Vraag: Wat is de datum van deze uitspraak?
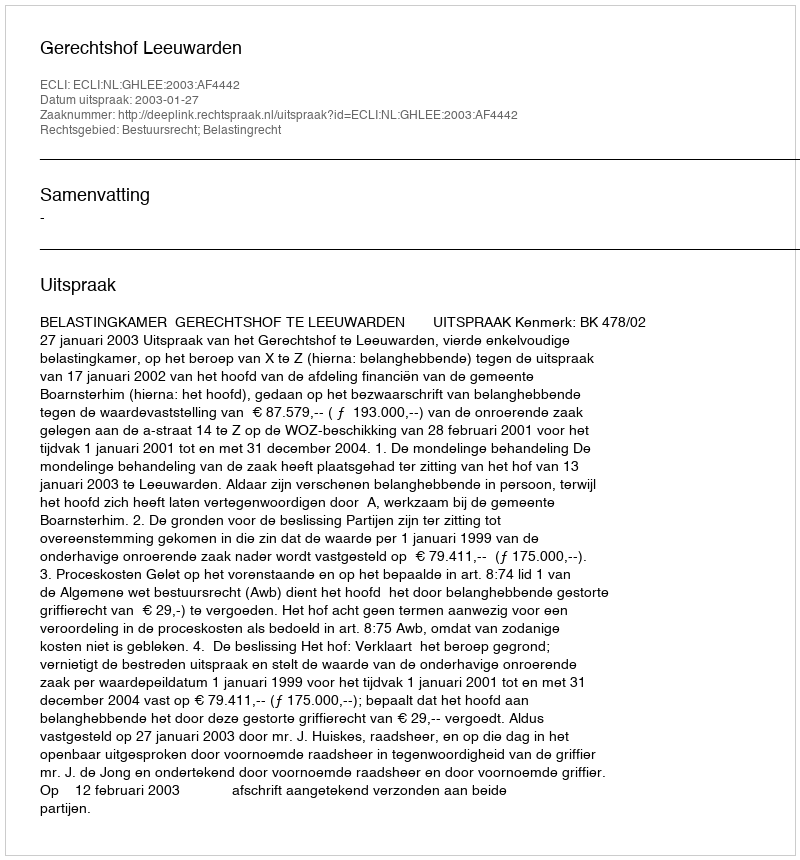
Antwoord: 2003-01-27